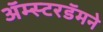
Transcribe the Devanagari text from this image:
अॅम्स्टरडॅमने